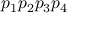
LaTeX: p _ { 1 } p _ { 2 } p _ { 3 } p _ { 4 }